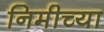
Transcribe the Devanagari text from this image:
निमीच्या